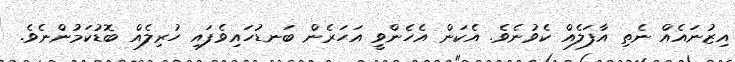
އިޒުނައެއް ނެތި އާފަލެއް ކެވުނެވެ. އެކަން އެހެންވީ އަހަރެން ބަނޑުހައިވެފައި ހުރިލެއް ބޮޑުކަމުންނެވެ.